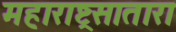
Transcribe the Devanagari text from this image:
महाराष्ट्रसातारा